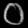
Digit: ၀